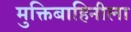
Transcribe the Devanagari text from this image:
मुक्तिबाहिनीला